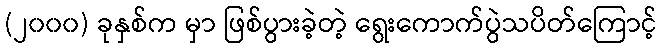
(၂၀၀၀) ခုနှစ်က မှာ ဖြစ်ပွားခဲ့တဲ့ ရွေးကောက်ပွဲသပိတ်ကြောင့်